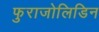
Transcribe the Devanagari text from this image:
फुराजोलिडिन